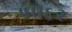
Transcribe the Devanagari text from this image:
५७६२